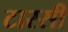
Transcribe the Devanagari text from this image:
टारसी